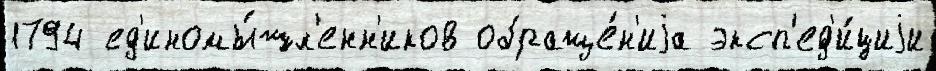
1794 ед'иномы́шл'енн'иков обраще́н'иjа эксп'ед'и́циjи